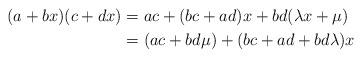
LaTeX: \begin{align*} (a+bx)(c+dx) &= ac + (bc+ad)x + bd(\lambda x + \mu) \\ &= (ac + bd\mu) + (bc+ad+bd\lambda)x \end{align*}